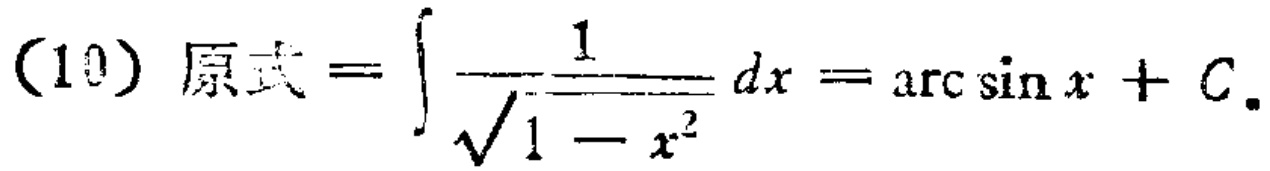
(10) 原式 \(=\int\frac{1}{\sqrt{1 - x^{2}}}dx=\arcsin x + C\).